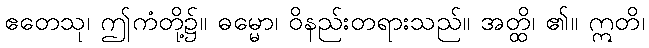
ဧတေသု၊ ဤကံတို့၌။ ဓမ္မော၊ ဝိနည်းတရားသည်။ အတ္ထိ၊ ၏။ ဣတိ၊